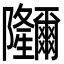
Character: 鿧